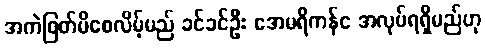
အကဲဖြတ်မိစေလိမ့်မည် ခင်ခင်ဦး အေမရိကန်င အလုပ်ရရှိမည်ဟု